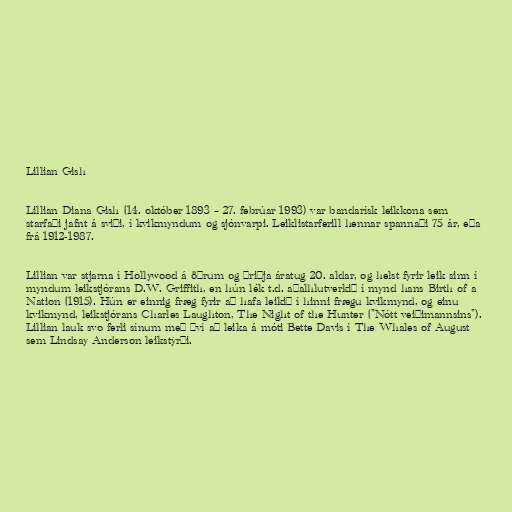
Lillian Gish

Lillian Diana Gish (14. október 1893 – 27. febrúar 1993) var bandarísk leikkona sem
starfaði jafnt á sviði, í kvikmyndum og sjónvarpi. Leiklistarferill hennar spannaði 75 ár, eða
frá 1912-1987.

Lillian var stjarna í Hollywood á öðrum og þriðja áratug 20. aldar, og helst fyrir leik sinn í
myndum leikstjórans D.W. Griffith, en hún lék t.d. aðalhlutverkið í mynd hans Birth of a
Nation (1915). Hún er einnig fræg fyrir að hafa leikið í hinni frægu kvikmynd, og einu
kvikmynd, leikstjórans Charles Laughton, The Night of the Hunter ("Nótt veiðimannsins").
Lillian lauk svo ferli sínum með því að leika á móti Bette Davis í The Whales of August
sem Lindsay Anderson leikstýrði.